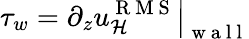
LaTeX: \tau_{w}=\left.\partial_{z}u_{\mathcal{H}}^{\mathrm{~R~M~S~}}\right\vert_{\mathrm{~w~a~l~l~}}